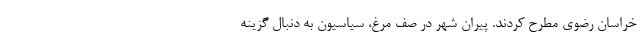
خراسان رضوی مطرح کردند. پیران شهر در صف مرغ، سیاسیون به دنبال گزینه